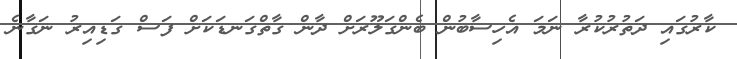
ކާރުގައި ދަތުރުކުރާ ނަމަ އެހިސާބުން ބެންގަލޫރަށް ދާން ގާތްގަނޑަކަށް ފަސް ގަޑިއިރު ނަގާނެ